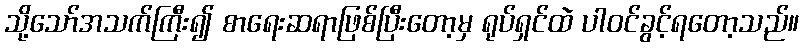
သို့သော်အသက်ကြီး၍ စာရေးဆရာဖြစ်ပြီးတော့မှ ရုပ်ရှင်ထဲ ပါဝင်ခွင့်ရတော့သည်။